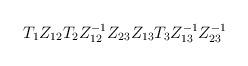
LaTeX: \begin{align*}T_{1}Z_{12}T_{2}Z_{12}^{-1}Z_{23}Z_{13}T_{3}Z_{13}^{-1}Z_{23}^{-1} \end{align*}